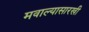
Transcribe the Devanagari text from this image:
मवाल्यासारखी